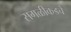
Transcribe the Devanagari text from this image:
सगळीकडचे